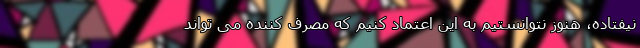
نیفتاده، هنوز نتوانستیم به این اعتماد کنیم که مصرف کننده می تواند